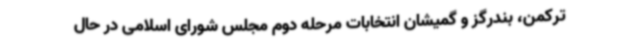
ترکمن، بندرگز و گمیشان انتخابات مرحله دوم مجلس شورای اسلامی در حال